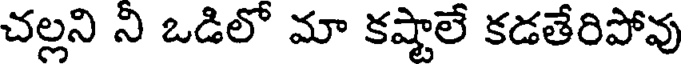
చల్లని ని ఒడిలో మా కష్టాలే కడతేరిపోవు